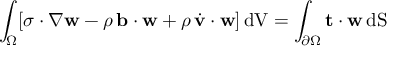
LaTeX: \int _ { \Omega } [ { \boldsymbol { \sigma } } \cdot \nabla { \mathbf { w } } - \rho \, \mathbf { b } \cdot \mathbf { w } + \rho \, { \dot { \mathbf { v } } } \cdot \mathbf { w } ] \, { \mathrm { d V } } = \int _ { \partial \Omega } \mathbf { t } \cdot \mathbf { w } \, { \mathrm { d S } }